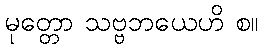
မုတ္တော သဗ္ဗဘယေဟိ စ။